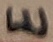
Text: E